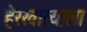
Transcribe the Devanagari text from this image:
हेरखात्याला